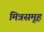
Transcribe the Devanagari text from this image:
मित्रसमूह